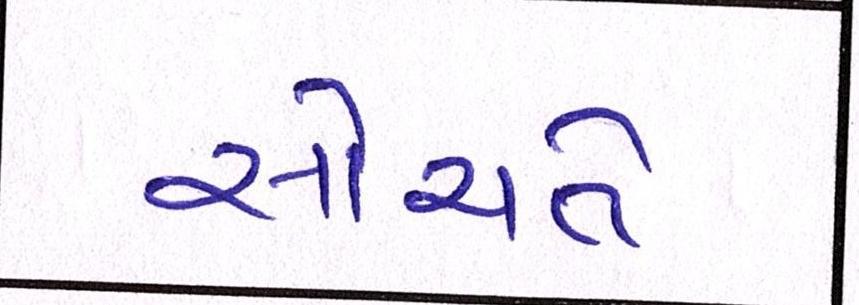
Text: સોચતે